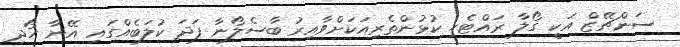
ސަންޗޭޒް އަކީ ގޯލާ ރައްޓެހި ކުޅުންތެރިއަކަށްވާއިރު ބާސެލޯނާ ފަދަ ކުލަބެއްގައި އޭނާ ހޯދި